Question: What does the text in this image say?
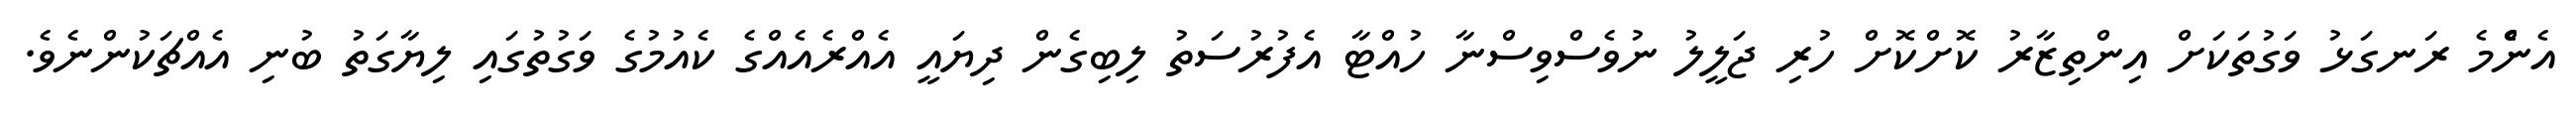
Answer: އެންެމެ ރަނގަޅު ވަގުތަކަށް އިންތިޒާރު ކޮށްކޮށް ހުރި ޖަލީލު ނުވެސްވިސްނާ ހުއްޓާ އެފުރުސަތު ލިބިގެން ދިޔައީ އެއްރެއެއްގެ ކެއުމުގެ ވަގުތުގައި ލިޔާގަތު ބުނި އެއްޗަކުންނެވެ.